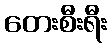
တေးစီးရီး